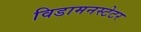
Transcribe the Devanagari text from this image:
विडामनस्टेटर